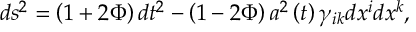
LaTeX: d s ^ { 2 } = \left( 1 + 2 \Phi \right) d t ^ { 2 } - \left( 1 - 2 \Phi \right) a ^ { 2 } \left( t \right) \gamma _ { i k } d x ^ { i } d x ^ { k } ,